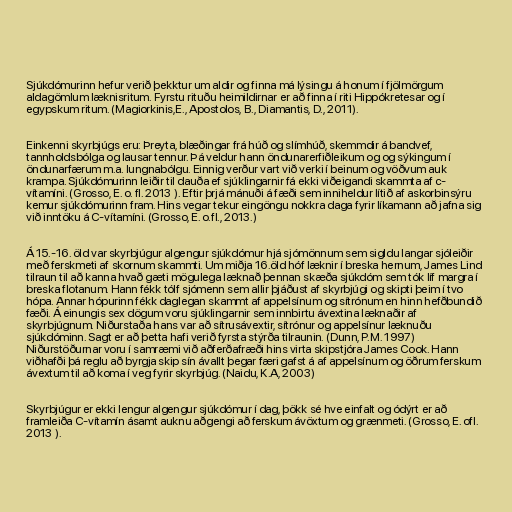
Sjúkdómurinn hefur verið þekktur um aldir og finna má lýsingu á honum í fjölmörgum
aldagömlum læknisritum. Fyrstu rituðu heimildirnar er að finna í riti Hippókretesar og í
egypskum ritum. (Magiorkinis,E., Apostolos, B., Diamantis, D., 2011).

Einkenni skyrbjúgs eru: Þreyta, blæðingar frá húð og slímhúð, skemmdir á bandvef,
tannholdsbólga og lausar tennur. Þá veldur hann öndunarerfiðleikum og og sýkingum í
öndunarfærum m.a. lungnabólgu. Einnig verður vart við verki í beinum og vöðvum auk
krampa. Sjúkdómurinn leiðir til dauða ef sjúklingarnir fá ekki viðeigandi skammta af c-
vítamíni. (Grosso, E. o. fl. 2013 ). Eftir þrjá mánuði á fæði sem inniheldur lítið af askorbinsýru
kemur sjúkdómurinn fram. Hins vegar tekur eingöngu nokkra daga fyrir líkamann að jafna sig
við inntöku á C-vítamíni. (Grosso, E. o.fl., 2013.)

Á 15.-16. öld var skyrbjúgur algengur sjúkdómur hjá sjómönnum sem sigldu langar sjóleiðir
með ferskmeti af skornum skammti. Um miðja 16.öld hóf læknir í breska hernum, James Lind
tilraun til að kanna hvað gæti mögulega læknað þennan skæða sjúkdóm sem tók líf margra í
breska flotanum. Hann fékk tólf sjómenn sem allir þjáðust af skyrbjúgi og skipti þeim í tvo
hópa. Annar hópurinn fékk daglegan skammt af appelsínum og sítrónum en hinn hefðbundið
fæði. Á einungis sex dögum voru sjúklingarnir sem innbirtu ávextina læknaðir af
skyrbjúgnum. Niðurstaða hans var að sítrusávextir, sítrónur og appelsínur læknuðu
sjúkdóminn. Sagt er að þetta hafi verið fyrsta stýrða tilraunin. (Dunn, P.M. 1997)
Niðurstöðurnar voru í samræmi við aðferðafræði hins virta skipstjóra James Cook. Hann
viðhafði þá reglu að byrgja skip sín ávallt þegar færi gafst á af appelsínum og öðrum ferskum
ávextum til að koma í veg fyrir skyrbjúg. (Naidu, K.A, 2003)

Skyrbjúgur er ekki lengur algengur sjúkdómur í dag, þökk sé hve einfalt og ódýrt er að
framleiða C-vítamín ásamt auknu aðgengi að ferskum ávöxtum og grænmeti. (Grosso, E. ofl.
2013 ).